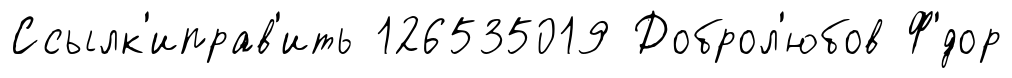
Ссылк'иправ'ить 126535019 Доброл'юбов Ф'́дор